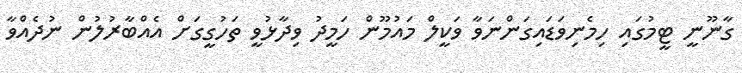
ގާނޫނީ ޓީމުގައި ހިމެނިވަޑައިގަންނަވާ ވަކީލް މައުމޫން ހަމީދު ވިދާޅުވީ ތަހުގީގަށް އެއްބާރުލުން ނުދެއްވާ